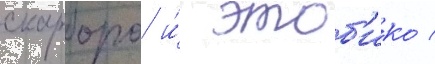
скарборо и́ этоб'ико /